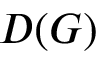
D ( G )